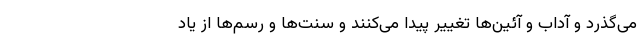
می‌گذرد و آداب و آئین‌ها تغییر پیدا می‌کنند و سنت‌ها و رسم‌ها از یاد